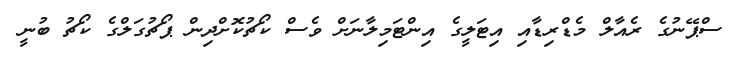
ސްޕޭނުގެ ރެއާލް މެޑްރިޑާއި އިޓަލީގެ އިންޓަމިލާނަށް ވެސް ކޯޗުކޮށްދިން ޕޯޗުގަލްގެ ކޯޗު ބުނީ